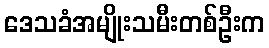
ဒေသခံအမျိုးသမီးတစ်ဦးက